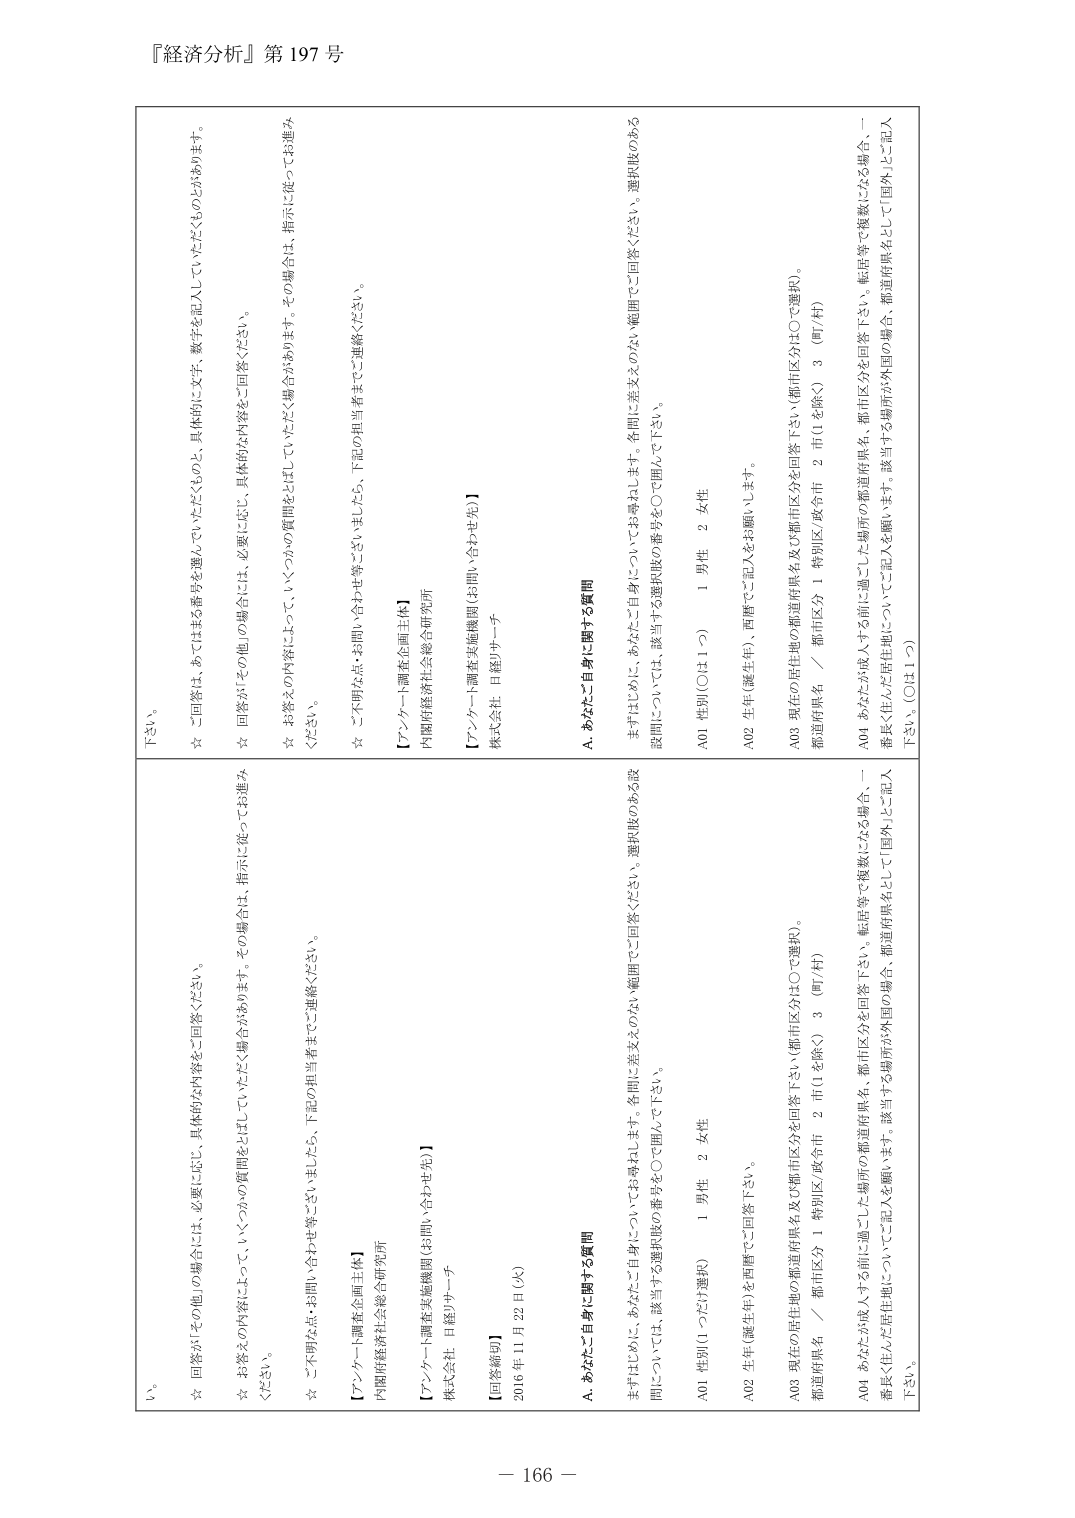
『経済分析』第197号

い。
☆ 回答が「その他の場合」には、必要に応じ、具体的な内容をご回答ください。
☆ お答えの内容によっていくつかの質問をとばしていただく場合があります。その場合は、指示に従ってお進みください。
☆ ご不明な点・お問い合わせ等ございましたら、下記の担当者までご連絡ください。
【アンケート調査企画主体】
内閣府経済社会総合研究所
【アンケート調査実施機関（お問い合わせ先）】
株式会社 日経リサーチ
【回答締切】
2016年11月22日（火）

下さい。
☆ ご回答は、あてはまる番号を選んでいただくものと、具体的に文字、数字を記入していただくものとがあります。
☆ 回答が「その他の場合」には、必要に応じ、具体的な内容をご回答ください。
☆ お答えの内容によっていくつかの質問をとばしていただく場合があります。その場合は、指示に従ってお進みください。
☆ ご不明な点・お問い合わせ等ございましたら、下記の担当者までご連絡ください。
【アンケート調査企画主体】
内閣府経済社会総合研究所
【アンケート調査実施機関（お問い合わせ先）】
株式会社 日経リサーチ

A. あなたご自身に関する質問
まずははじめに、あなたご自身についてお尋ねします。各問に差支えのない範囲でご回答ください。選択肢のある
問については、該当する選択肢の番号を〇で囲んで下さい。
A01 性別（1つだけ選択）
　　1 男性　2 女性
A02 生年（誕生年）を西暦でご回答下さい。
A03 現在の居住地の都道府県名及び都市区分は〇で選択）。
　　都道府県名　／　都市区分　1 特別区/政令市　2 市（1を除く）　3 （町/村）
A04 あなたが収入する前に過ごした場所の都道府県名、都市区分を回答下さい。転居等で複数になる場合、一
　　番長く住んだ居住地についてご記入を願います。該当する場所が外国の場合、都道府県名として「国外」とご記入
　　下さい。（OH1つ）

A. あなたご自身に関する質問
まずははじめに、あなたご自身についてお尋ねします。各問に差支えのない範囲でご回答ください。選択肢のある設
　　問については、該当する選択肢の番号を〇で囲んで下さい。
A01 性別（〇は1つ）
　　1 男性　2 女性
A02 生年（誕生年）、西暦でご記入をお願いします。
A03 現在の居住地の都道府県名及び都市区分を回答下さい（都市区分は〇で選択）。
　　都道府県名　／　都市区分　1 特別区/政令市　2 市（1を除く）　3 （町/村）
A04 あなたが収入する前に過ごした場所の都道府県名、都市区分を回答下さい。転居等で複数になる場合、一
　　番長く住んだ居住地についてご記入を願います。該当する場所が外国の場合、都道府県名として「国外」とご記入
　　下さい。（OH1つ）

－ 166 －